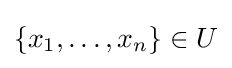
\left\{x_{1},\ldots ,x_{n}\right\}\in U